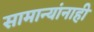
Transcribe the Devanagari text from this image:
सामान्यांनाही